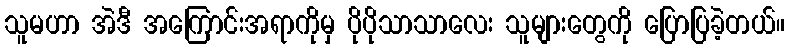
သူမဟာ အဲဒီ အကြောင်းအရာကိုမှ ပိုပိုသာသာလေး သူများတွေကို ပြောပြခဲ့တယ်။